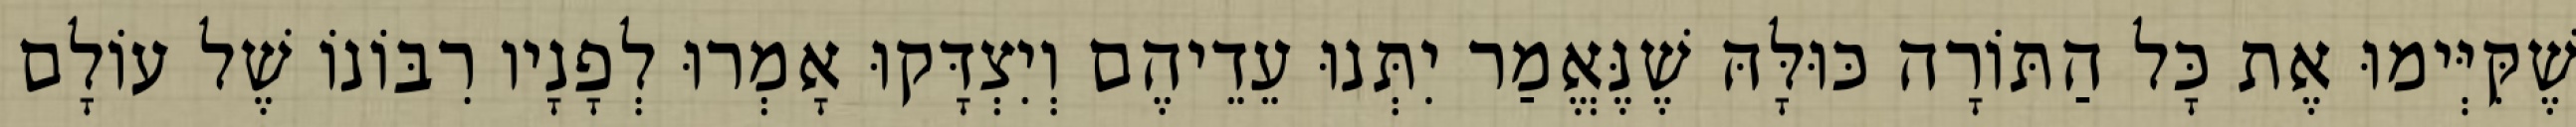
שֶׁקִּיְּימוּ אֶת כָּל הַתּוֹרָה כּוּלָּהּ שֶׁנֶּאֱמַר יִתְּנוּ עֵדֵיהֶם וְיִצְדָּקוּ אָמְרוּ לְפָנָיו רִבּוֹנוֹ שֶׁל עוֹלָם